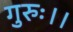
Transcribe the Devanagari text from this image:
गुरुः।।